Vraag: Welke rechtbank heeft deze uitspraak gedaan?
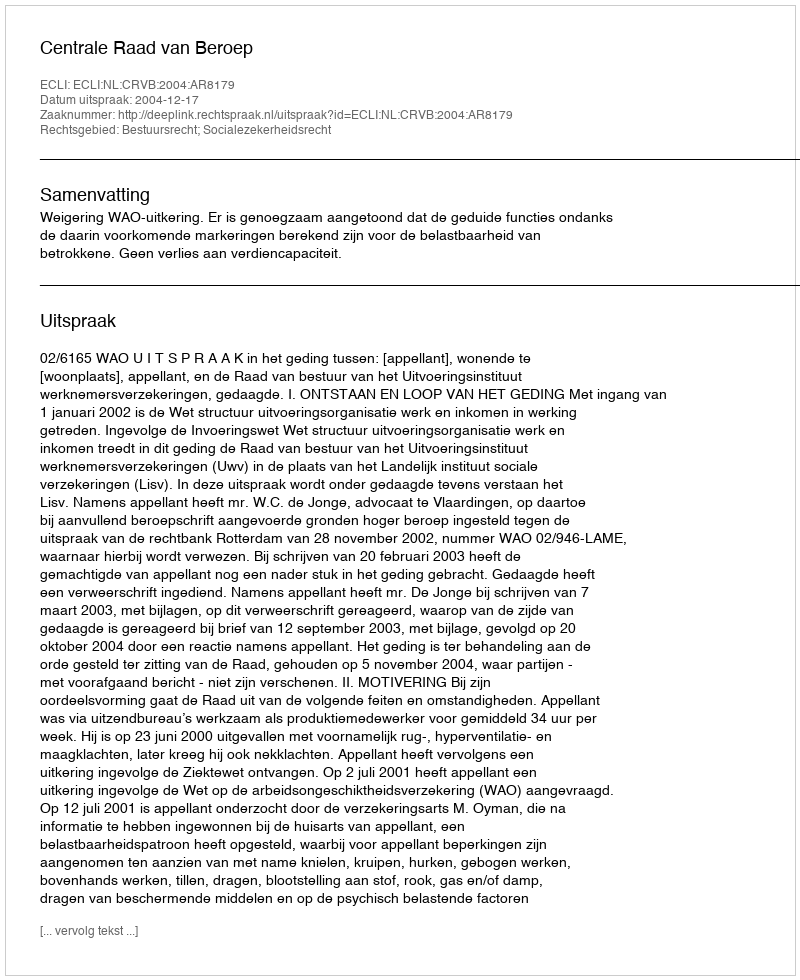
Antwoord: Centrale Raad van Beroep